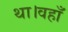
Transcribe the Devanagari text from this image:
था।वहाँ